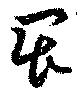
畏